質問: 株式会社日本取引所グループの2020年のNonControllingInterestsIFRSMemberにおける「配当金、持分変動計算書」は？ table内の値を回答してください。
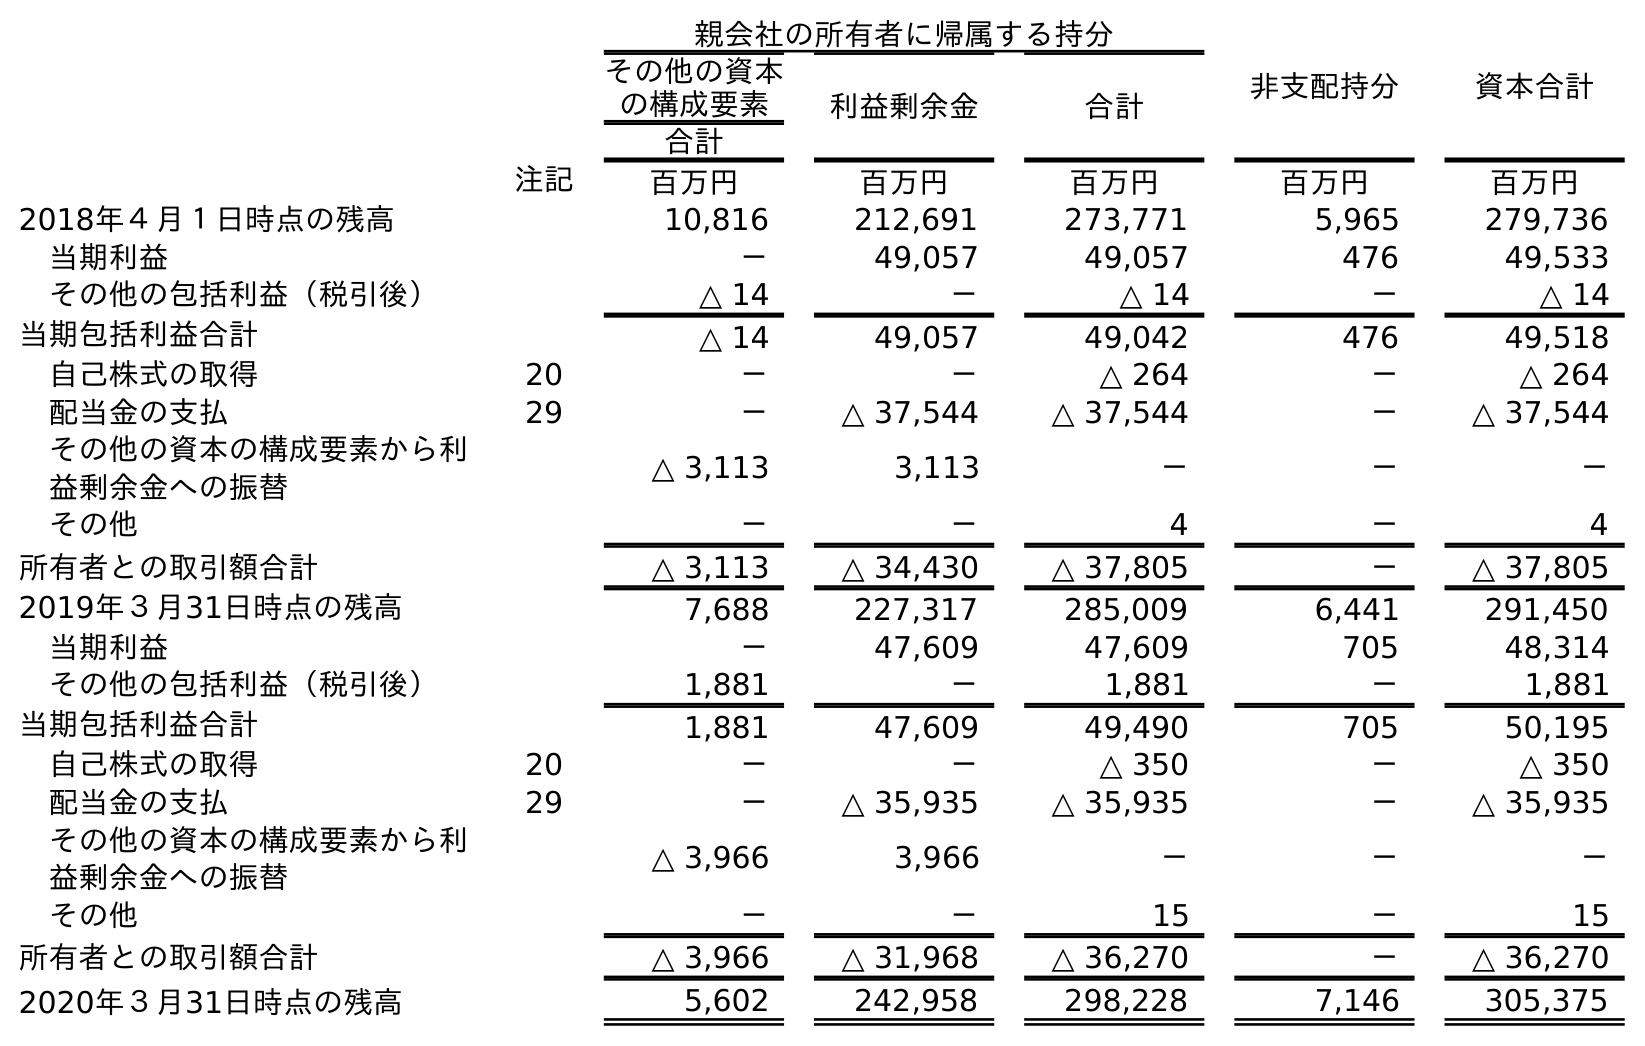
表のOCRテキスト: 親会社の所有者に帰属する持分 非支配持分 資本合計 その他の資本 の構成要素 利益剰余金 合計 合計 注記 百万円 百万円 百万円 百万円 百万円 2018年４月１日時点の残高 10,816 212,691 273,771 5,965 279,736 当期利益 － 49,057 49,057 476 49,533 その他の包括利益（税引後） △ 14 － △ 14 － △ 14 当期包括利益合計 △ 14 49,057 49,042 476 49,518 自己株式の取得 20 － － △ 264 － △ 264 配当金の支払 29 － △ 37,544 △ 37,544 － △ 37,544 その他の資本の構成要素から利 益剰余金への振替 △ 3,113 3,113 － － － その他 － － 4 － 4 所有者との取引額合計 △ 3,113 △ 34,430 △ 37,805 － △ 37,805 2019年３月31日時点の残高 7,688 227,317 285,009 6,441 291,450 当期利益 － 47,609 47,609 705 48,314 その他の包括利益（税引後） 1,881 － 1,881 － 1,881 当期包括利益合計 1,881 47,609 49,490 705 50,195 自己株式の取得 20 － － △ 350 － △ 350 配当金の支払 29 － △ 35,935 △ 35,935 － △ 35,935 その他の資本の構成要素から利 益剰余金への振替 △ 3,966 3,966 － － － その他 － － 15 － 15 所有者との取引額合計 △ 3,966 △ 31,968 △ 36,270 － △ 36,270 2020年３月31日時点の残高 5,602 242,958 298,228 7,146 305,375
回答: －